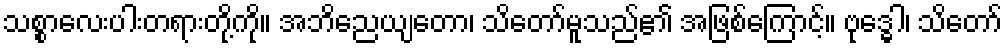
သစ္စာလေးပါးတရားတို့ကို။ အဘိညေယျတော၊ သိတော်မူသည်၏ အဖြစ်ကြောင့်။ ဗုဒ္ဓေါ၊ သိတော်